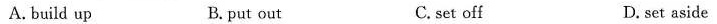
A. build up B. put out C. set off D. set aside